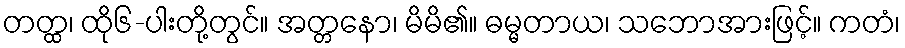
တတ္ထ၊ ထို၆-ပါးတို့တွင်။ အတ္တနော၊ မိမိ၏။ ဓမ္မတာယ၊ သဘောအားဖြင့်။ ကတံ၊